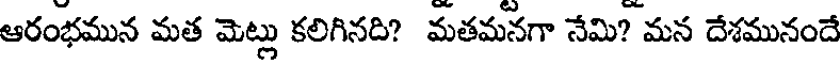
ఆరంభమున మత మెట్లు కలిగినది? మతమనగా నేమి? మన దేశమునందే